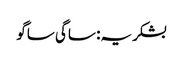
بشکریہ: ساگی ساگو